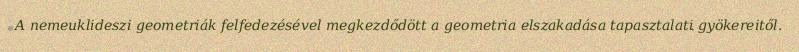
A nemeuklideszi geometriák felfedezésével megkezdődött a geometria elszakadása tapasztalati gyökereitől.